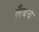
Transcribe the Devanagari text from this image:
लँबचे